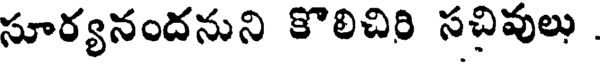
సూర్యనందనుని కొలిచిరి సచివులు